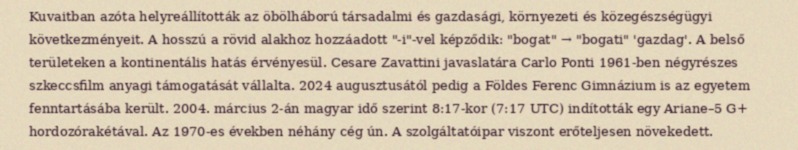
Kuvaitban azóta helyreállították az öbölháború társadalmi és gazdasági, környezeti és közegészségügyi következményeit. A hosszú a rövid alakhoz hozzáadott "-i"-vel képződik: "bogat" → "bogati" 'gazdag'. A belső területeken a kontinentális hatás érvényesül. Cesare Zavattini javaslatára Carlo Ponti 1961-ben négyrészes szkeccsfilm anyagi támogatását vállalta. 2024 augusztusától pedig a Földes Ferenc Gimnázium is az egyetem fenntartásába került. 2004. március 2-án magyar idő szerint 8:17-kor (7:17 UTC) indították egy Ariane–5 G+ hordozórakétával. Az 1970-es években néhány cég ún. A szolgáltatóipar viszont erőteljesen növekedett.